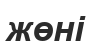
жөні